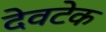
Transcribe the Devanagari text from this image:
देवटेक